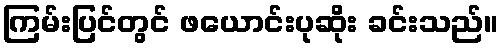
ကြမ်းပြင်တွင် ဖယောင်းပုဆိုး ခင်းသည်။